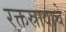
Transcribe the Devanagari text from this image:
रक्तस्रावाचे